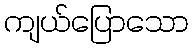
ကျယ်ပြောသော